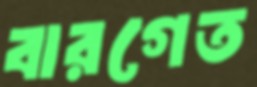
বারগেত